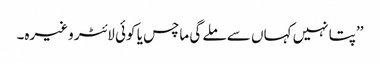
’’پتا نہیں کہاں سے ملے گی ماچس یا کوئی لائٹر وغیرہ۔